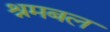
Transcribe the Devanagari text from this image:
श्रमबल